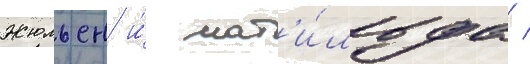
Жюльен и́ мат'и́льда /